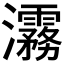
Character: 𬉮